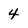
Character: 4